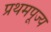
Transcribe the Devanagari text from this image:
प्रथमपूज्य